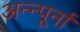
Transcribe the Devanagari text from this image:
अन्न्पूर्ना